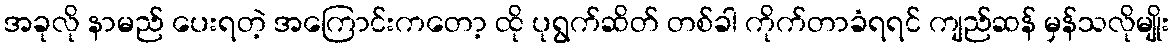
အခုလို နာမည် ပေးရတဲ့ အကြောင်းကတော့ ထို ပုရွက်ဆိတ် တစ်ခါ ကိုက်တာခံရရင် ကျည်ဆန် မှန်သလိုမျိုး